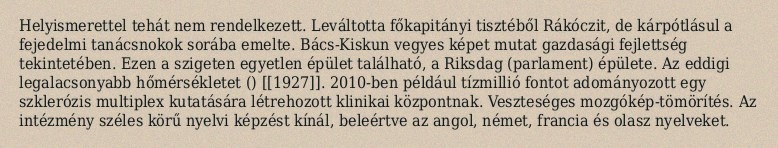
Helyismerettel tehát nem rendelkezett. Leváltotta főkapitányi tisztéből Rákóczit, de kárpótlásul a fejedelmi tanácsnokok sorába emelte. Bács-Kiskun vegyes képet mutat gazdasági fejlettség tekintetében. Ezen a szigeten egyetlen épület található, a Riksdag (parlament) épülete. Az eddigi legalacsonyabb hőmérsékletet () [[1927]]. 2010-ben például tízmillió fontot adományozott egy szklerózis multiplex kutatására létrehozott klinikai központnak. Veszteséges mozgókép-tömörítés. Az intézmény széles körű nyelvi képzést kínál, beleértve az angol, német, francia és olasz nyelveket.